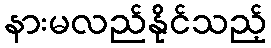
နားမလည်နိုင်သည့်